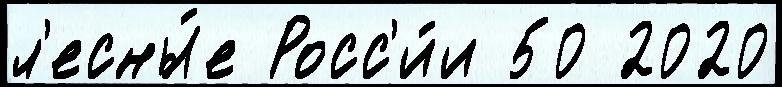
л'есны́е Росс'и́и 50 2020